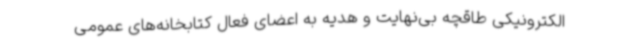
الکترونیکی طاقچه بی‌نهایت و هدیه به اعضای فعال کتابخانه‌های عمومی